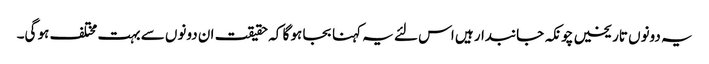
یہ دونوں تاریخیں چونکہ جانبدار ہیں اس لئے یہ کہنا بجا ہو گا کہ حقیقت ان دونوں سے بہت مختلف ہو گی۔